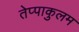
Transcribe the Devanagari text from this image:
तेप्पाकुलम